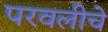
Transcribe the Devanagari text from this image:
परवलीचे